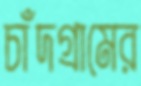
চাঁদগ্রামের